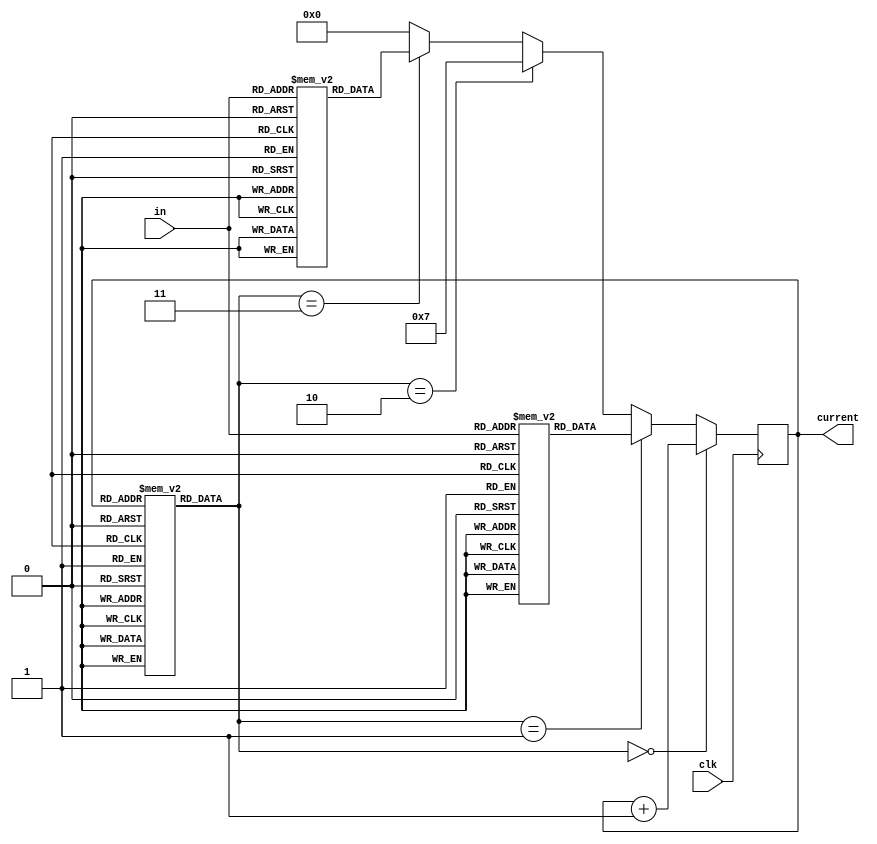
module fsm(in, clk, current);
    input [1:0] in;
    input clk;
    output [3:0] current;
    reg current;
    integer index1, index2;
    
    reg [2:0] microROM[0:12];
    reg [3:0] disp1[0:3];
    reg [3:0] disp2[0:3];
    
    initial begin
        microROM[0] = 3'b000;
        microROM[1] = 3'b000;
        microROM[2] = 3'b000;
        microROM[3] = 3'b001;
        microROM[4] = 3'b010;
        microROM[5] = 3'b010;
        microROM[6] = 3'b000;
        microROM[7] = 3'b000;
        microROM[8] = 3'b000;
        microROM[9] = 3'b000;
        microROM[10] = 3'b011;
        microROM[11] = 3'b100;
        microROM[12] = 3'b100;
    end
    
    initial begin
        current = 4'b0000;
    end
    
    initial begin
        disp1[0] = 4'b0100;
        disp1[1] = 4'b0101;
        disp1[2] = 4'b0110;
        disp1[3] = 4'b0110;
    end
    
    initial begin
        disp2[0] = 4'b1011;
        disp2[1] = 4'b1100;
        disp2[2] = 4'b1100;
        disp2[3] = 4'b1100;
    end
    
    always @(posedge clk) begin
        #2
        index1 = current;
        if(microROM[index1] == 3'b000) begin
            current = current + 1;
        end
        
        else if(microROM[index1] == 3'b001) begin
            index2 = in;
            current = disp1[index2];
        end
        
        else if(microROM[index1] == 3'b010) begin
            current = 4'b0111;
        end
        
        else if(microROM[index1] == 3'b011) begin
            index2 = in;
            current = disp2[index2];
        end
        
        else begin
            current = 4'b0000;
        end
    end
   
endmodule